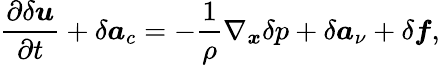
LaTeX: \frac{\partial\delta\boldsymbol{u}}{\partial t}+\delta\boldsymbol{a}_{c}=-\frac{1}{\rho}\nabla_{\boldsymbol{x}}\delta p+\delta\boldsymbol{a}_{\nu}+\delta\boldsymbol{f},